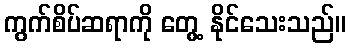
ကွက်စိပ်ဆရာကို တွေ့ နိုင်သေးသည်။